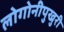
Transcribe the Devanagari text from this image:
लोगोनीपुखुरी